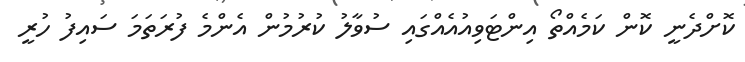
ކޮށްދެނީ ކޮން ކަމެއްތޯ އިންޓަވިއުއެއްގައި ސުވާލު ކުރުމުން އެންމެ ފުރަތަމަ ސައިފު ހުރީ